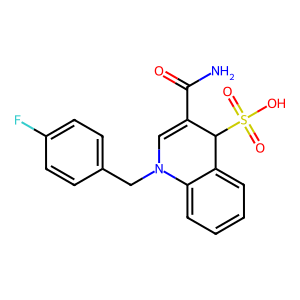
SMILES: NC(=O)C1=CN(Cc2ccc(F)cc2)c2ccccc2C1S(=O)(=O)O
Inhibits HIV replication: No